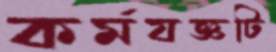
কর্মযজ্ঞটি